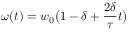
\omega ( t ) = w _ { 0 } \big ( 1 - \delta + \frac { 2 \delta } { \tau } t \big )